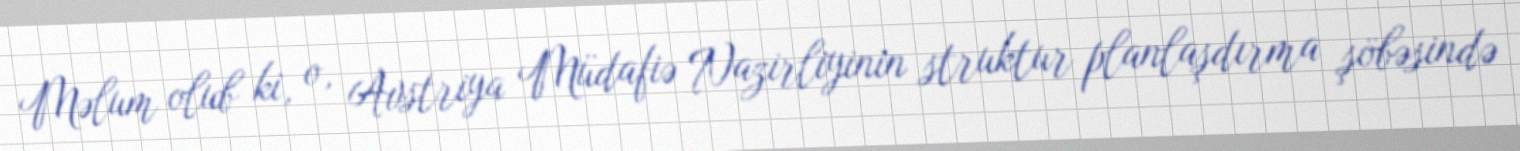
Məlum olub ki, o, Avstriya Müdafiə Nazirliyinin struktur planlaşdırma şöbəsində